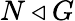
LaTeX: N\triangleleft G